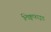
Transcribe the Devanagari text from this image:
लिक्वफाइड